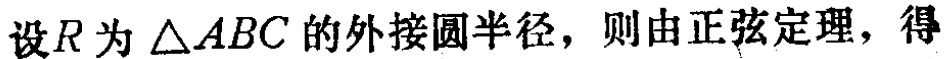
设\(R\)为\(\triangle ABC\)的外接圆半径，则由正弦定理，得